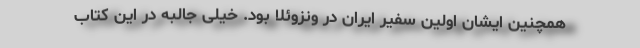
همچنین ایشان اولین سفیر ایران در ونزوئلا بود. خیلی جالبه در این کتاب